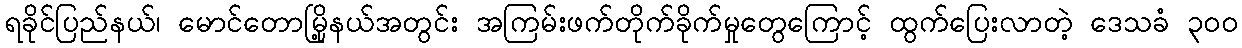
ရခိုင်ပြည်နယ်၊ မောင်တောမြို့နယ်အတွင်း အကြမ်းဖက်တိုက်ခိုက်မှုတွေကြောင့် ထွက်ပြေးလာတဲ့ ဒေသခံ ၃၀၀